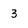
Character: 3